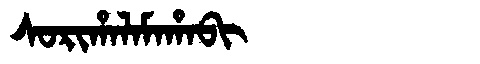
Manchu: ᠰᠣᡵᡳᡥᠠᠯᠠᠮᠠᡥᠠᠪᡳ
Romanization: SORIHALAMAHABI